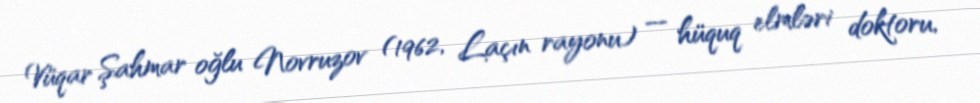
Vüqar Şahmar oğlu Novruzov (1962, Laçın rayonu) — hüquq elmləri doktoru,